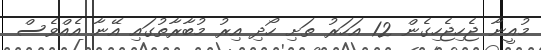
މުއީނާ ޖެހިޖެހިގެން 12 އަހަރު ތަށި ހޯދި އިރު މުބާރާތުގައި އޭނާ އެއްވެސް